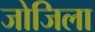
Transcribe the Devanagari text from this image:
जोजिला